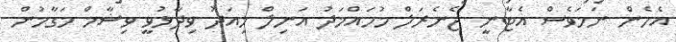
އެހެން ނަމަވެސް އެޓާނީ ޖެނެރަލް މުހައްމަދު އަނިލް މިއަދު ވިދާޅުވީ ވިޝާމް މަގާމުން